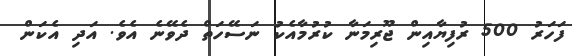
ފަހަރު 500 ރުފިޔާއިން ޖޫރިމަނާ ކުރުމާއެކު ނަސޭހަތް ދެވޭނެ އެވެ. އަދި އެކަން